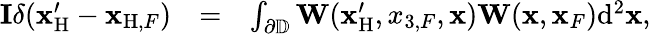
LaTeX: \begin{array}{rlr}{{\mathbf I}\delta({{\mathbf x}_{\mathrm{H}}^{\prime}}-{{\mathbf x}_{\mathrm{H},F}})}&{=}&{\int_{{{\partial\mathbb{D}}}}{\mathbf W}({\mathbf x}_{\mathrm{H}}^{\prime},x_{3,F},{\mathbf x}){\mathbf W}({\mathbf x},{\mathbf x}_{F})\mathrm{d}^{2}{\mathbf x},}\end{array}